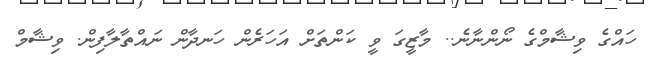
ހައްގެ ވިޝާމްގެ ނޯންނާނެ.. މާޒީގަ ވީ ކަންތަށް އަހަރެން ހަނދާން ނައްތާލާފިން. ވިޝާމް